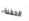
الحفلة